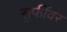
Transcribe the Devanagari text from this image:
सुफींवर